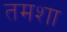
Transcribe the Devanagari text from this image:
तमशा